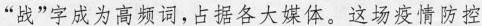
”战”字成为高频词，占据各大媒体。这场疫情防控